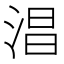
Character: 淐